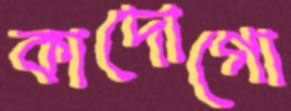
কাদোগো